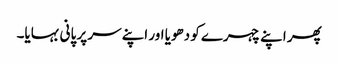
پھر اپنے چہرے کو دھویا اور اپنے سر پر پانی بہایا۔